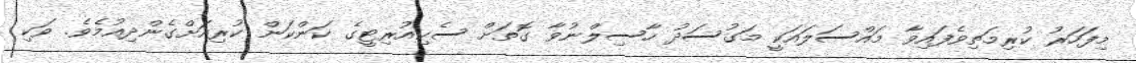
މިފަހަރު ކުރިމަތިވެފައިވާ މައްސަލައަކީ މަގުސަދު ހާސިލްނުވާ ގޮތަށް ސެކިއުރިޓީގެ ކަންކަން ކުރިއަށްގެންދިއުމެވެ. ވަކި